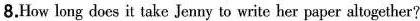
8.How long does it take Jenny to write her paper altogether?